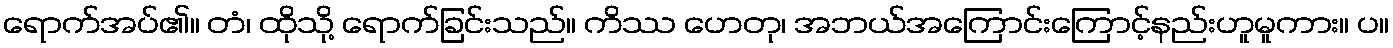
ရောက်အပ်၏။ တံ၊ ထိုသို့ ရောက်ခြင်းသည်။ ကိဿ ဟေတု၊ အဘယ်အကြောင်းကြောင့်နည်းဟူမူကား။ ပ။